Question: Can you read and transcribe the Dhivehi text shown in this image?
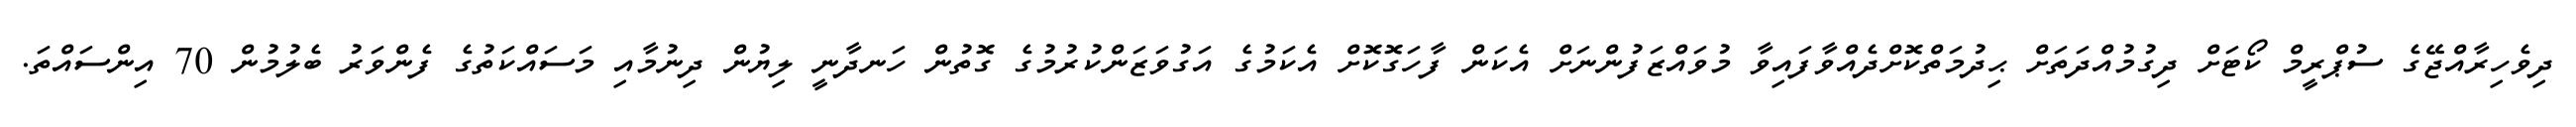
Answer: ދިވެހިރާއްޖޭގެ ސުޕްރީމް ކޯޓަށް ދިގުމުއްދަތަށް ޙިދުމަތްކޮށްދެއްވާފައިވާ މުވައްޒަފުންނަށް އެކަން ފާހަގޮކޮށް އެކަމުގެ އަގުވަޒަންކުރުމުގެ ގޮތުން ހަނދާނީ ލިޔުން ދިނުމާއި މަސައްކަތުގެ ފެންވަރު ބެލުމުން 70 އިންސައްތަ.